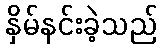
နှိမ်နင်းခဲ့သည်